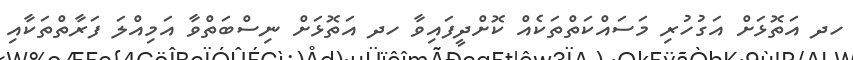
ހދ އަތޮޅަށް އަގުހުރި މަސައްކަތްތަކެއް ކޮށްދީފައިވާ ހދ އަތޮޅަށް ނިސްބަތްވާ އަމިއްލަ ފަރާތްތަކާއި